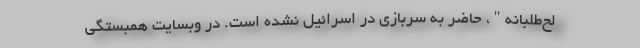
لح‌طلبانه"، حاضر به سربازی در اسرائیل نشده است. در وبسایت همبستگی